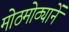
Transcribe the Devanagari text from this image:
मोठमोठ्यानें